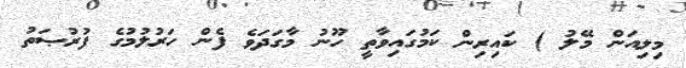
މިލިއަން މޭލު ) ކައިރިން ކަމުގައިވާތީ ހޫނު މާގަދަވެ ފެން ހަރުލުމުގެ ފުރުޞަތު